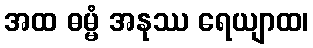
အထ ဓမ္မံ အနုဿ ရေယျာထ၊